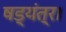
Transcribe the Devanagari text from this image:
षड्यंत्र।